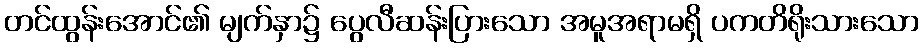
တင်ထွန်းအောင်၏ မျက်နှာ၌ ပွေလီဆန်းပြားသော အမူအရာမရှိ ပကတိရိုးသားသော